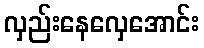
လှည်းနေလှေအောင်း